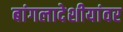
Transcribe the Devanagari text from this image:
बांगलादेशीयांवर